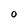
Character: 0